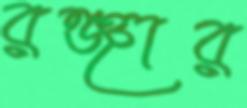
রঞ্জার